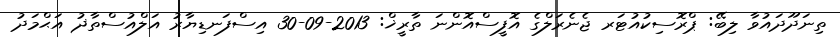
ތިނަދޫދައުވާ ލިބޭ: ޕްރޮސިކުއުޓަރ ޖެނެރަލްގެ އޮފީސްއޮންނަ ތާރީޚް: 2013-09-30 އިސްފަނޑިޔާރު އަލްއުސްތާޛު އަޙްމަދު